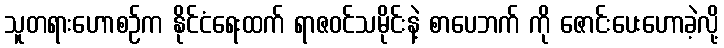
သူတရားဟောစဉ်က နိုင်ငံရေးထက် ရာဇဝင်သမိုင်းနဲ့ စာပေဘက် ကို ဇောင်းပေးဟောခဲ့လို့